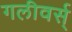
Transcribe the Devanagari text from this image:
गलीवर्स्